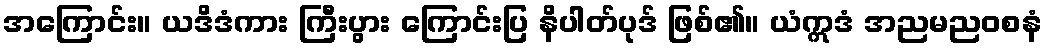
အကြောင်း။ ယဒိဒံကား ကြီးပွား ကြောင်းပြ နိပါတ်ပုဒ် ဖြစ်၏။ ယံဣဒံ အညမညဝစနံ